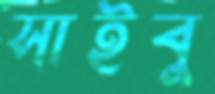
সাইবু